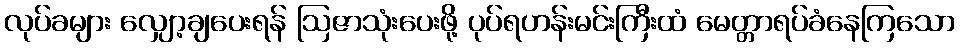
လုပ်ခများ လျှော့ချပေးရန် ဩဇာသုံးပေးဖို့ ပုပ်ရဟန်းမင်းကြီးထံ မေတ္တာရပ်ခံနေကြသော